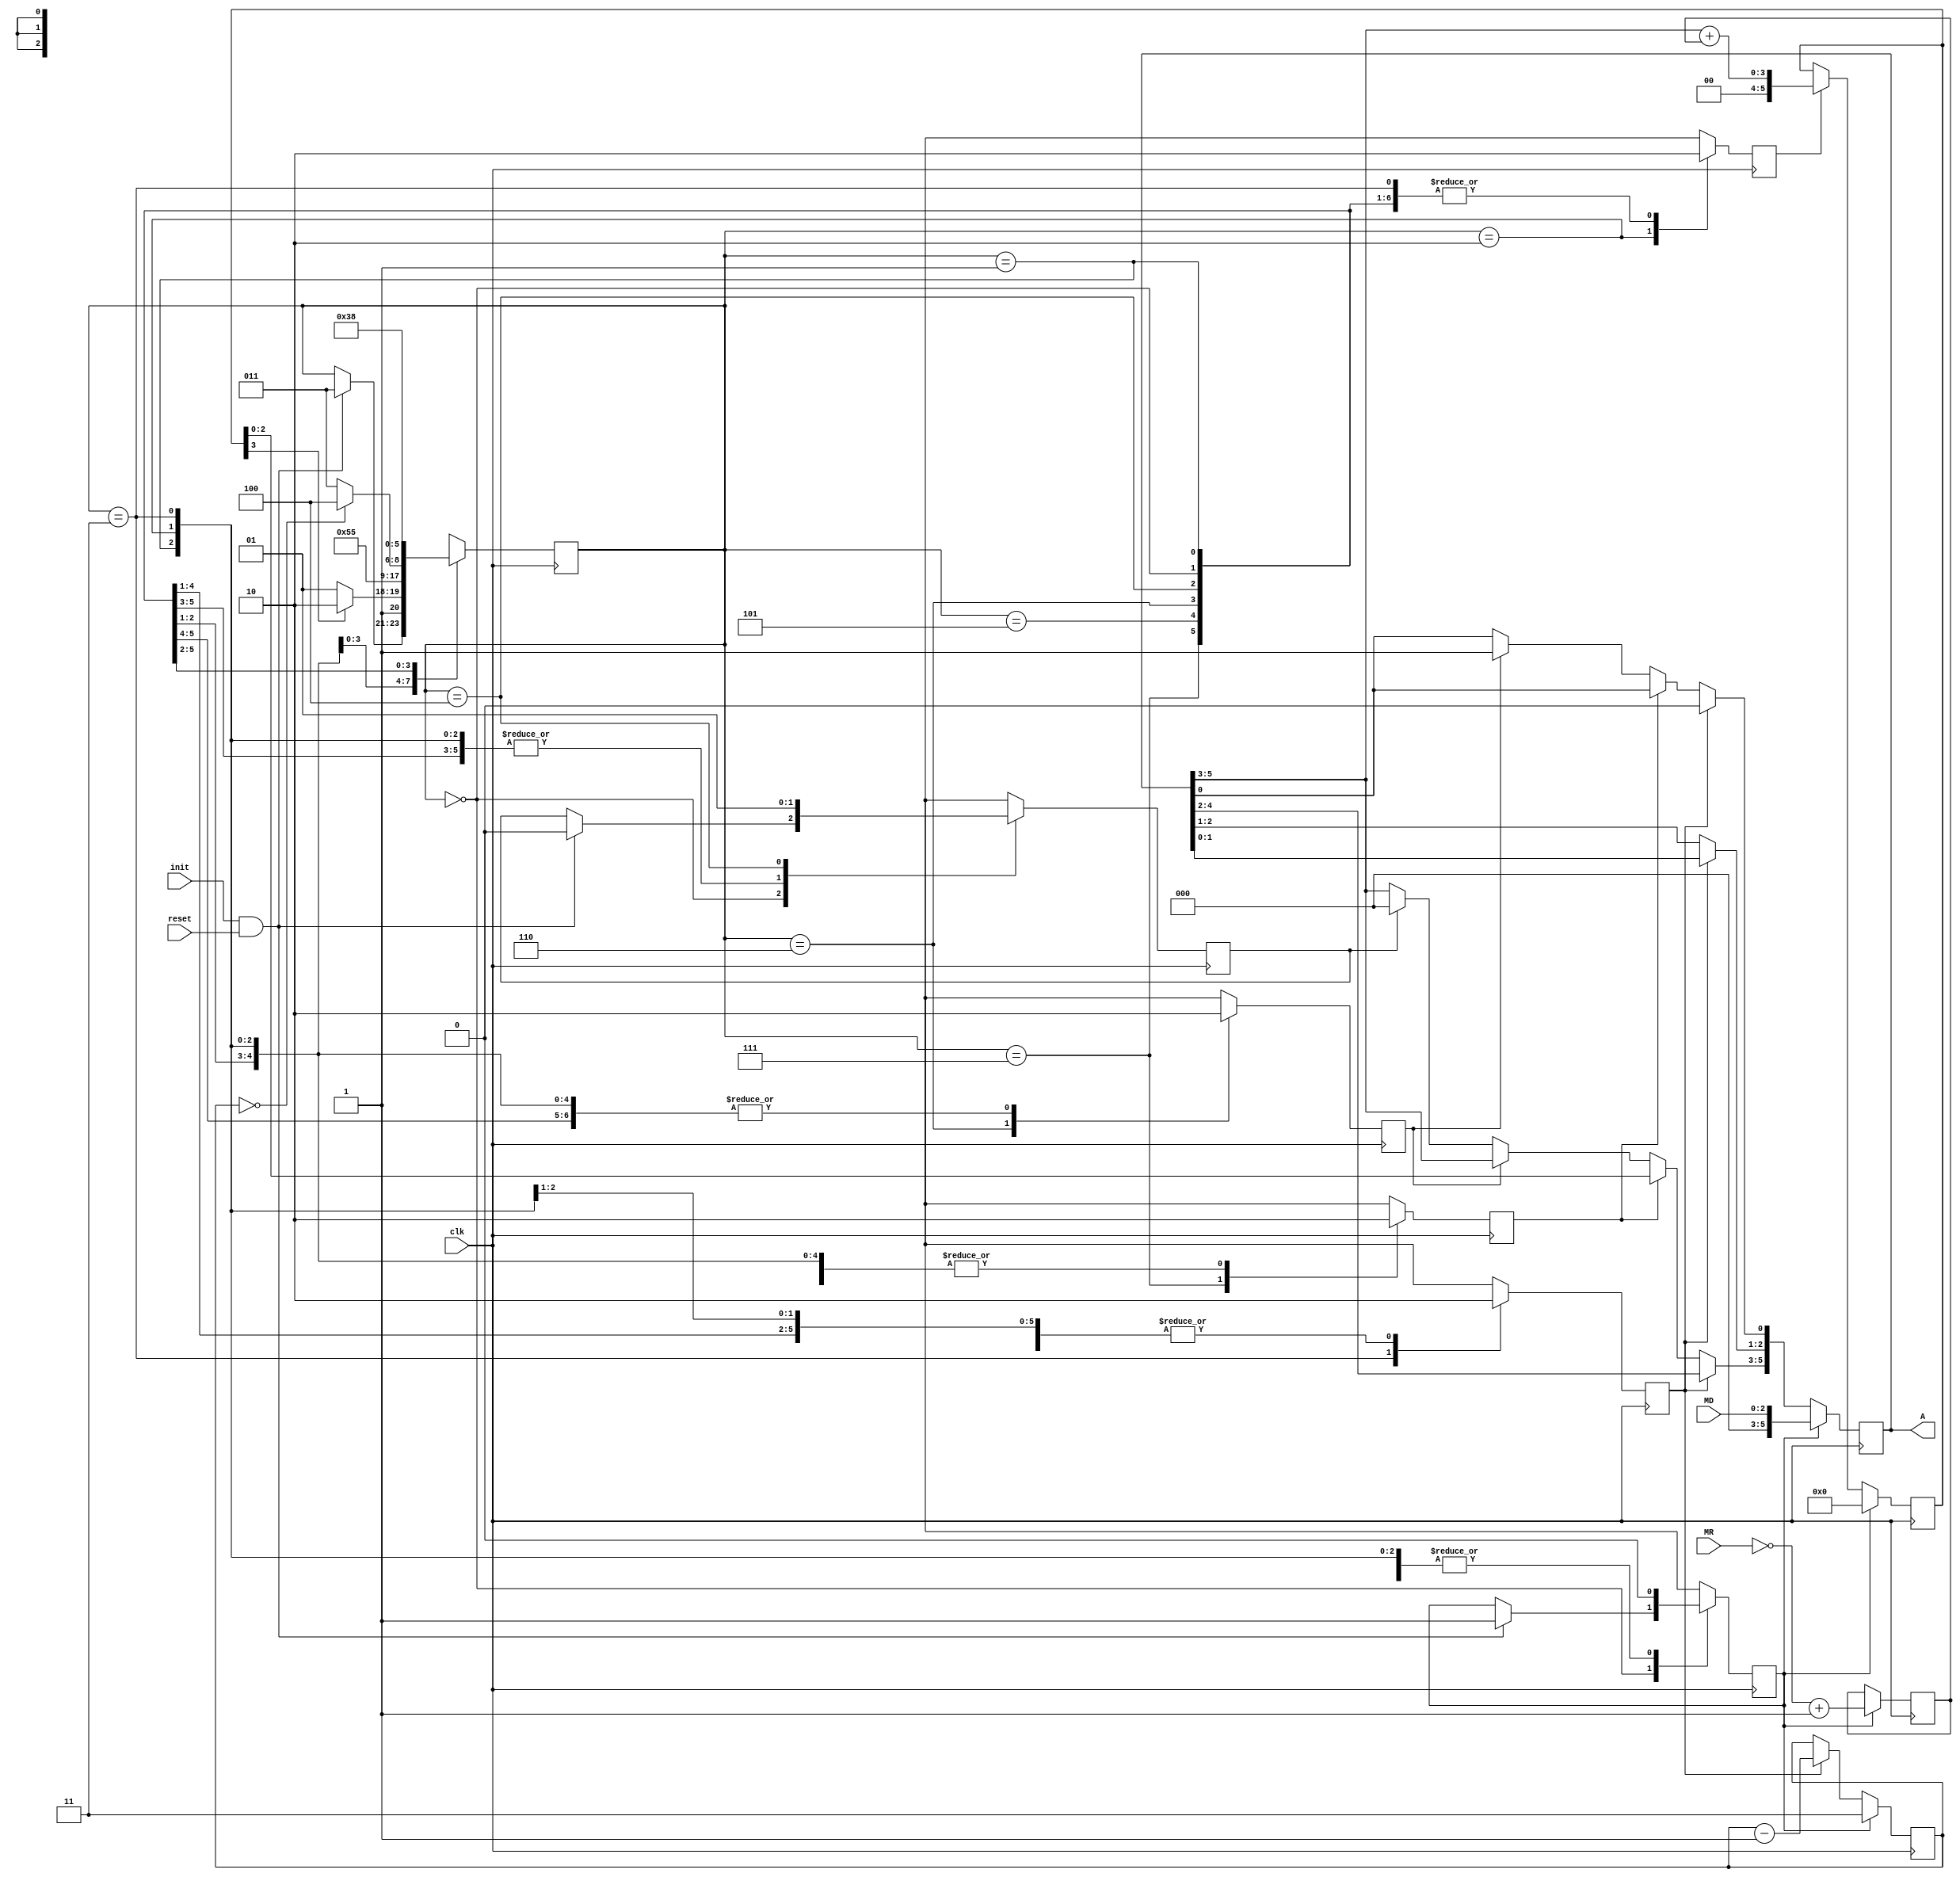
`timescale 1ns / 1ps
//////////////////////////////////////////////////////////////////////////////////
// Company: 
// Engineer: 
// 
// Design Name: 
// Module Name:    Divisor
// Project Name: 
// Target Devices: 
// Tool versions: 
// Description: 
//
// Dependencies: 
//
// Revision: 
// Revision 0.01 - File Created
// Additional Comments: 
//
//////////////////////////////////////////////////////////////////////////////////
module Divisor(              input clk, 
                             input init, 
                             input [2:0] MR, 
							 input [2:0] MD, 
							 input reset,
							  
							 output reg [5:0] A
							 //output reg done
    );

reg done;
reg sh;
reg rst;
reg add;
reg fill;
reg assigna;
reg [5:0] C;
reg [2:0] B;

reg [1:0] count;
reg [2:0] status = 0;


//bloques de registros de desplazamiento para A y B
always @(negedge clk) begin
   
	if (rst) begin
		A = {3'b000,MD};
		B = ~MR + 1;
		count = 3;
	end
	else begin 
            if (sh) begin
                A = A << 1;
                count = count-1;
            end
            else begin          
                if(assigna)
                    A[5:3]=C[2:0];          
                else begin
                    if (fill) 
                        A[0]= 1'b1;
                    else if(done)
                        A[5:3]=3'b000;
                end
            end
    end

end 

//bloque de add pp
always @(negedge clk) begin
   
	if (rst) begin
		C =0;
	end
	else begin
        if (add) 
         C = A[5:3] + B;
    end
	
 end



//bloque para actualizar A


// FSM 
parameter START =0, CHECK =1, ADD =2, SHIFT =3, END1 =4, CHECKCOUNT=5, FILLONE=6, ASSIGNA=7;

always @(posedge clk) begin
	case (status)
	START: begin
		sh=0;
		add=0;
		fill=0;
		assigna=0;
		if (init && reset) begin
			status=SHIFT;
			done =0;
			rst=1;
		end
		end
	CHECK: begin 
		done=0;
		rst=0;
		sh=0;
		add=0;
		fill=0;
		assigna=0;
		if (C[3]==1)
			status=FILLONE;
		else
			status=CHECKCOUNT;
		end
	ADD: begin
		done=0;
		rst=0;
		sh=0;
		add=1;
		fill=0;
		assigna=0;
		status=CHECK;
		end
	SHIFT: begin
		done=0;
		rst=0;
		sh=1;
		add=0;
		fill=0;
		assigna=0;
		status=ADD;
        end
        
    ASSIGNA: begin
        done=0;
        rst=0;
        sh=0;
        add=0;
        fill=0;
        assigna=1;
        status=CHECKCOUNT;
        end
		
		
    CHECKCOUNT: begin 
        done=0;
        rst=0;
        sh=0;
        add=0;
        fill=0;
        assigna=0;
        if (count == 0)
            status=END1;
        else
            status=SHIFT;
        end
        
	FILLONE: begin 
        done=0;
        rst=0;
        sh=0;
        add=0;
        fill=1;
        assigna=0;
        status=ASSIGNA;
		end
		
	END1: begin
		done =1;
		rst =0;
		sh =0;
		add =0;
		fill=0;
		assigna=0;
		status =START;
	end
	 default:
		status =START;
	endcase 
	
end 


endmodule